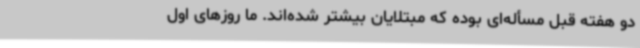
دو هفته قبل مسأله‌ای بوده که مبتلایان بیشتر شده‌اند. ما روزهای اول